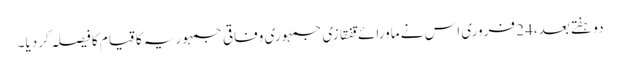
دو ہفتے بعد، 24 فروری اس نے ماورائے قفقازی جمہوری وفاقی جمہوریہ کا قیام کا فیصلہ کر دیا۔